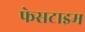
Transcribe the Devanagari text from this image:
फेसटाइम